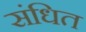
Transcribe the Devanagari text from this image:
संधित